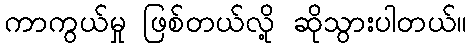
ကာကွယ်မှု ဖြစ်တယ်လို့ ဆိုသွားပါတယ်။